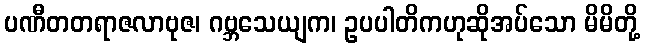
ပဏီတတရာဇလာဗုဇ၊ ဂဗ္ဘသေယျက၊ ဥပပါတိကဟုဆိုအပ်သော မိမိတို့